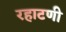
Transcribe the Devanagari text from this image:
रहाटणी